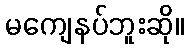
မကျေနပ်ဘူးဆို။